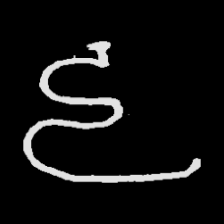
Pyu character \u2014 Myanmar letter: ဠ (romanized: lla)